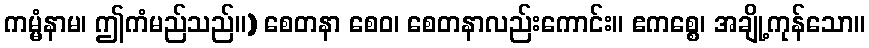
ကမ္မံနာမ၊ ဤကံမည်သည်။) စေတနာ စေဝ၊ စေတနာလည်းကောင်း။ ဧကစ္စေ၊ အချို့ကုန်သော။